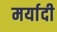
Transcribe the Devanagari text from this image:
मर्यादी